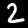
Digit: 2